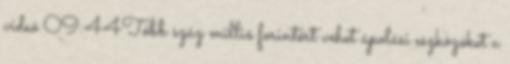
videó 09:44Több száz millió forintért vehet ápolási eszközöket a